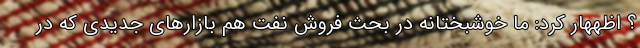
؟ اظههار کرد: ما خوشبختانه در بحث فروش نفت هم بازارهای جدیدی که در